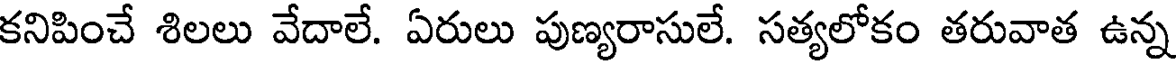
కనిపించే శిలలు వేదాలే. ఏరులు పుణ్యరాసులే. సత్యలోకం తరువాత ఉన్న